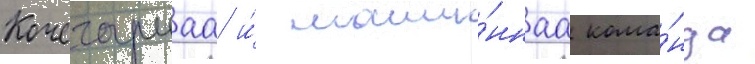
Кочегарнаа и́ маши́ннаа кома́нда